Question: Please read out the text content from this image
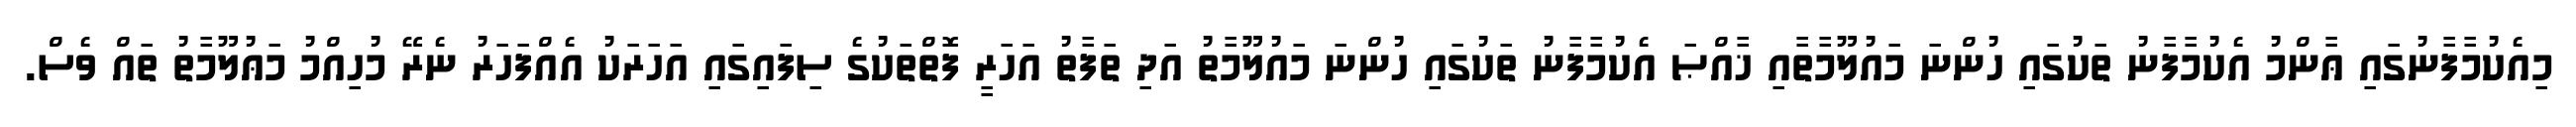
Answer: މިއެކުމާފާނުގައި ޢާންމު އެކުމާފާނު ތަކުގައި ހުންނަ މައުލޫމާތާއި ޚާއްޞަ އެކުމާފާނު ތަކުގައި ހުންނަ މައުލޫމާތު އަދި ތަފާތު އަހަރީ ފޮތްތަކުގެ ސިފައިގައި އަހަރަކު އެއްފަހަރު ނެރޭ މުހިއްމު މަޢުލޫމާތު ތައް ވެސް.